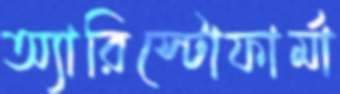
অ্যারিস্টোফার্মা